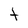
Character: t